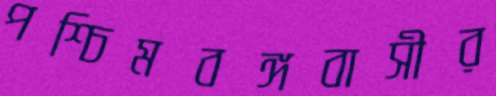
পশ্চিমবঙ্গবাসীর